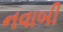
નવાબી